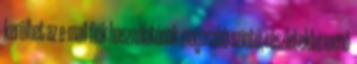
kerülhet az e-mail fiók használatának magasabb szintű, részletekbe menő